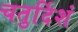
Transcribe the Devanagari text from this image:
चतुर्दिशं